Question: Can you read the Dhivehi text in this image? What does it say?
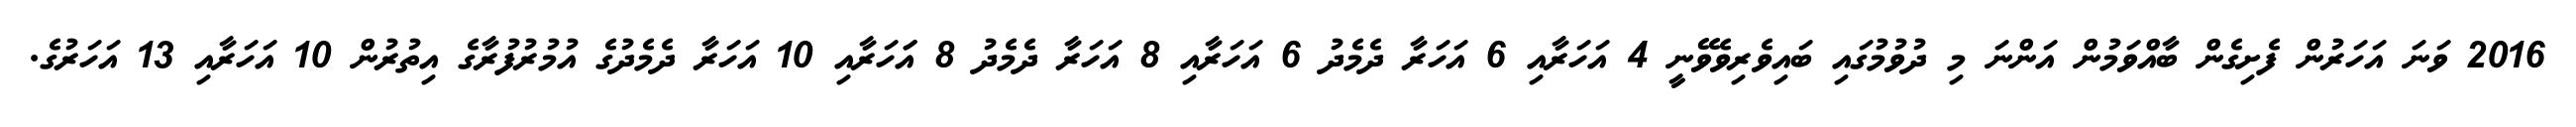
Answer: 2016 ވަނަ އަހަރުން ފެށިގެން ބާއްވަމުން އަންނަ މި ދުވުމުގައި ބައިވެރިވެވޭނީ 4 އަހަރާއި 6 އަހަރާ ދެމެދު 6 އަހަރާއި 8 އަހަރާ ދެމެދު 8 އަަހަރާއި 10 އަހަރާ ދެމެދުގެ އުމުރުފުރާގެ އިތުރުން 10 އަހަރާއި 13 އަހަރުގެ.